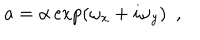
a = \alpha \exp ( \omega _ { x } + i \omega _ { y } ) ~ ~ ,